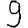
Digit: 9